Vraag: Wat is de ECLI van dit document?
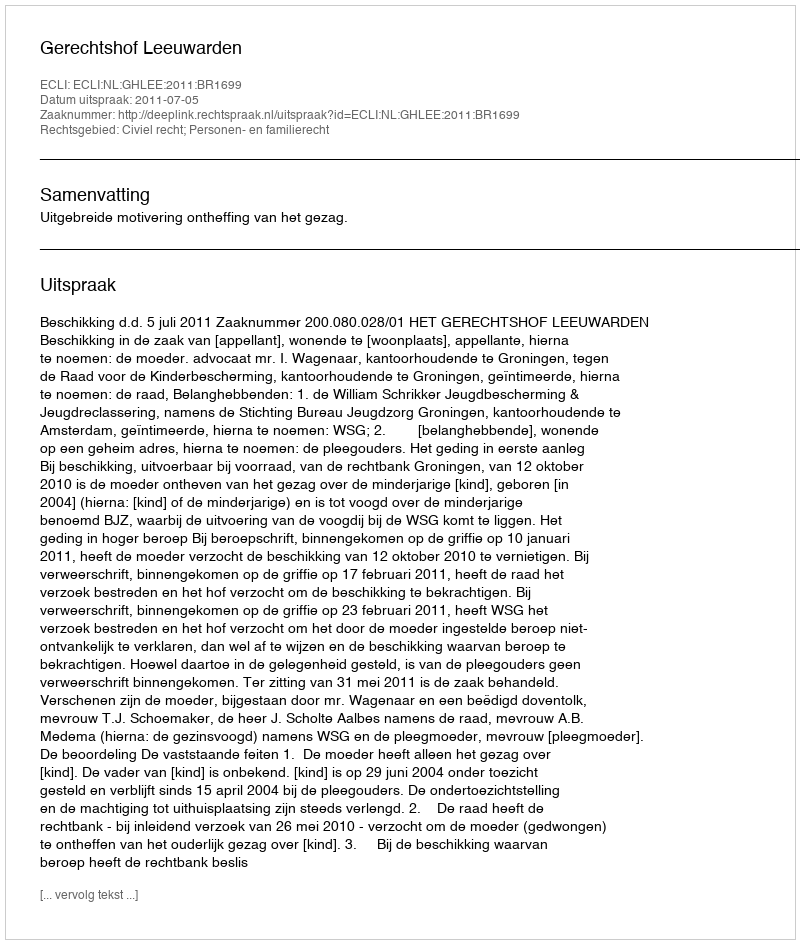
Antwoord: ECLI:NL:GHLEE:2011:BR1699